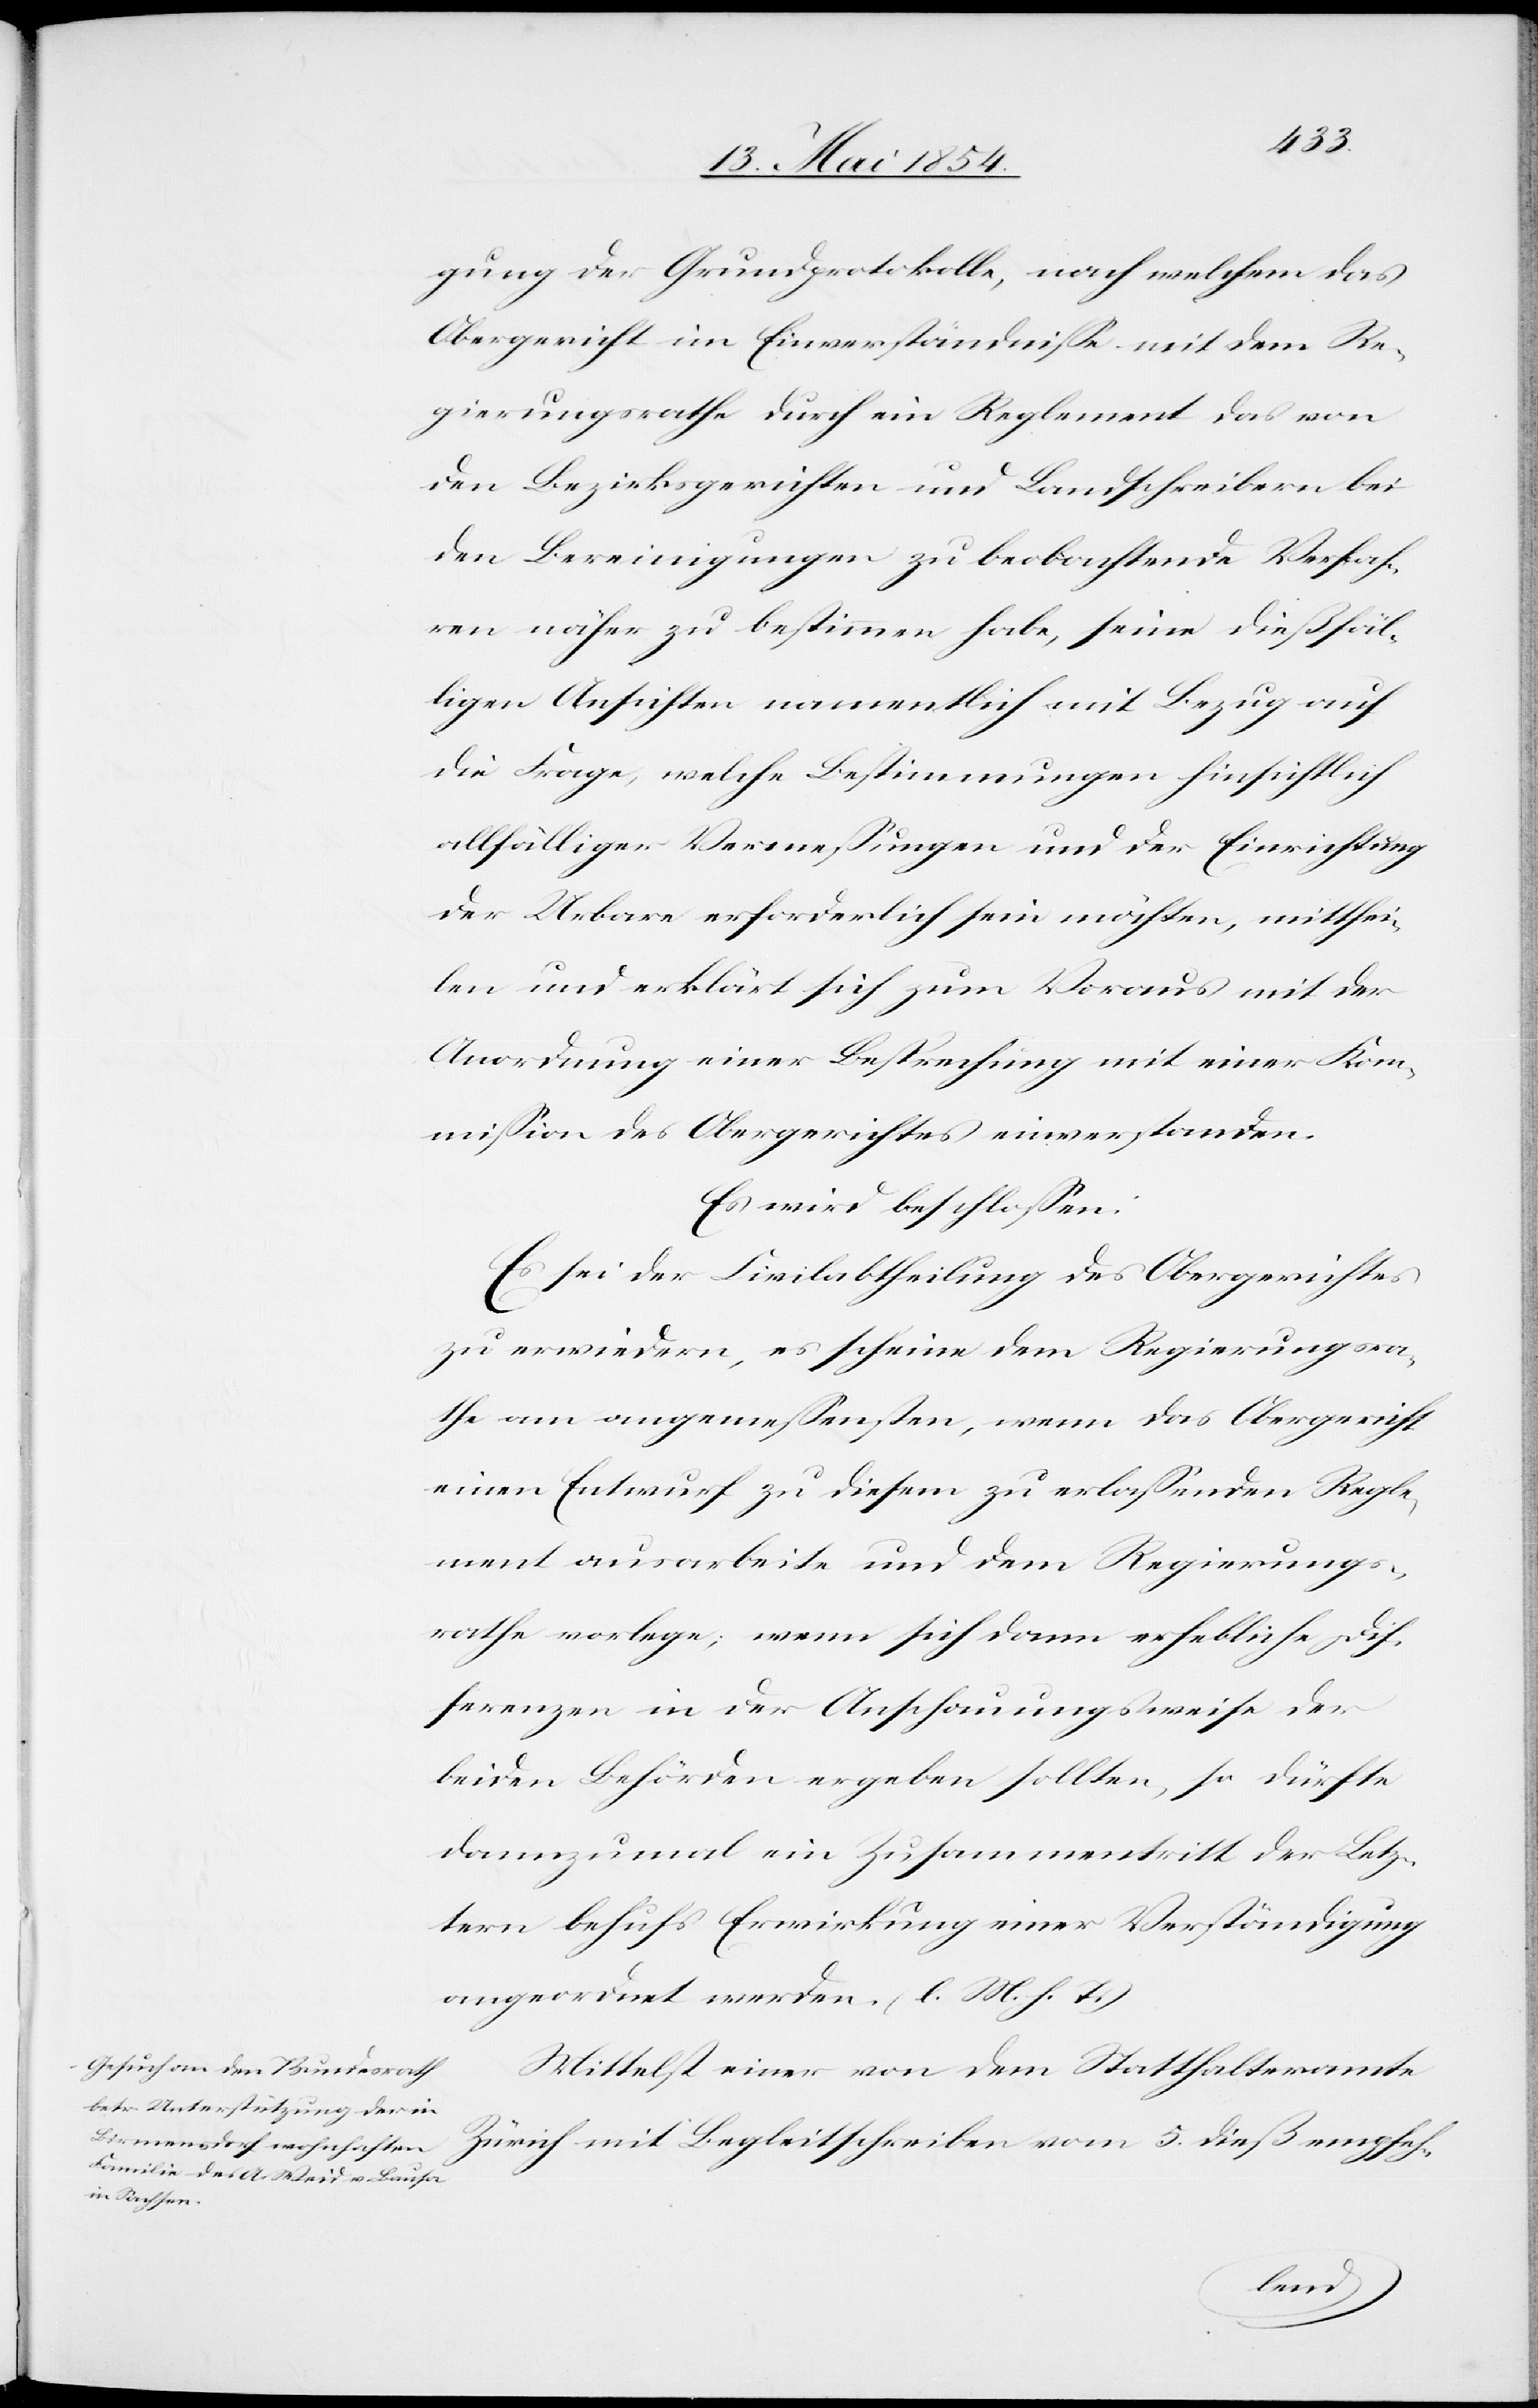
gung der Grundprotokolle, nach welchem das
Obergericht im Einverständniße mit dem Re¬
gierungsrathe durch ein Reglement das von
den Bezirksgerichten und Landschreibern bei
den Bereinigungen zu beobachtende Verfah¬
ren näher zu bestimmen habe, seine dießfäl¬
ligen Ansichten namentlich mit Bezug auf
die Frage, welche Bestimmungen hinsichtlich
allfälliger Vermeßungen und der Einrichtung
der Urbare erforderlich sein möchten, mitthei¬
len und erklärt sich zum Voraus mit der
Anordnung einer Besprechung mit einer Kom¬
mißion des Obergerichtes einverstanden.
Es wird beschloßen:
Es sei der Civilabtheilung des Obergerichtes
zu erwiedern, es scheine dem Regierungsra¬
the am angemeßensten, wenn das Obergericht
einen Entwurf zu diesem zu erlaßenden Regle¬
ment ausarbeite und dem Regierungs¬
rathe vorlege; wenn sich dann erhebliche Dif¬
ferenzen in der Anschauungsweise der
beiden Behörden ergeben sollten, so dürfte
dannzumal ein Zusammentritt der Letz¬
tern behufs Erwirkung einer Verständigung
angeordnet werden. (l. M. h. T.)
Mittelst einer von dem Statthalteramte
Zürich mit Begleitschreiben vom 5. dieß empfeh-